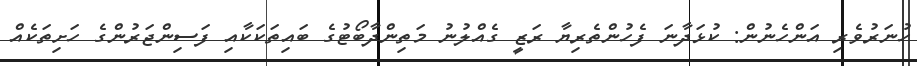
ހުނަރުވެރި އަންހެނުން: ކުޅަދާނަ ފެހުންތެރިޔާ ރަޒީ ގެއްލުނު މަތިންދާބޯޓުގެ ބައިތަކަކާއި ފަސިންޖަރުންގެ ހަށިތަކެއް